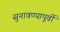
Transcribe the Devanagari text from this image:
सुनावण्यापूर्वी